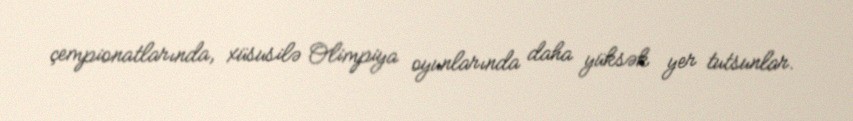
çempionatlarında, xüsusilə Olimpiya oyunlarında daha yüksək yer tutsunlar.